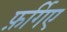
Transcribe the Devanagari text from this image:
फ़र्गिए